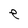
Character: e